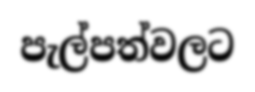
පැල්පත්වලට